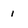
Character: 1